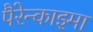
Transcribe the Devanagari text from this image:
पैरेन्काइमा